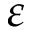
\varepsilon